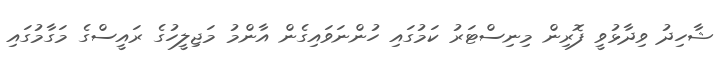
ޝާހިދު ވިދާޅުވީ ފޮރިން މިނިސްޓަރު ކަމުގައި ހުންނަވައިގެން އާންމު މަޖިލީހުގެ ރަައީސްގެ މަގާމުގައި